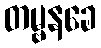
တမ္ဗနခေ